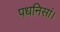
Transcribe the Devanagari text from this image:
पधनिसां।